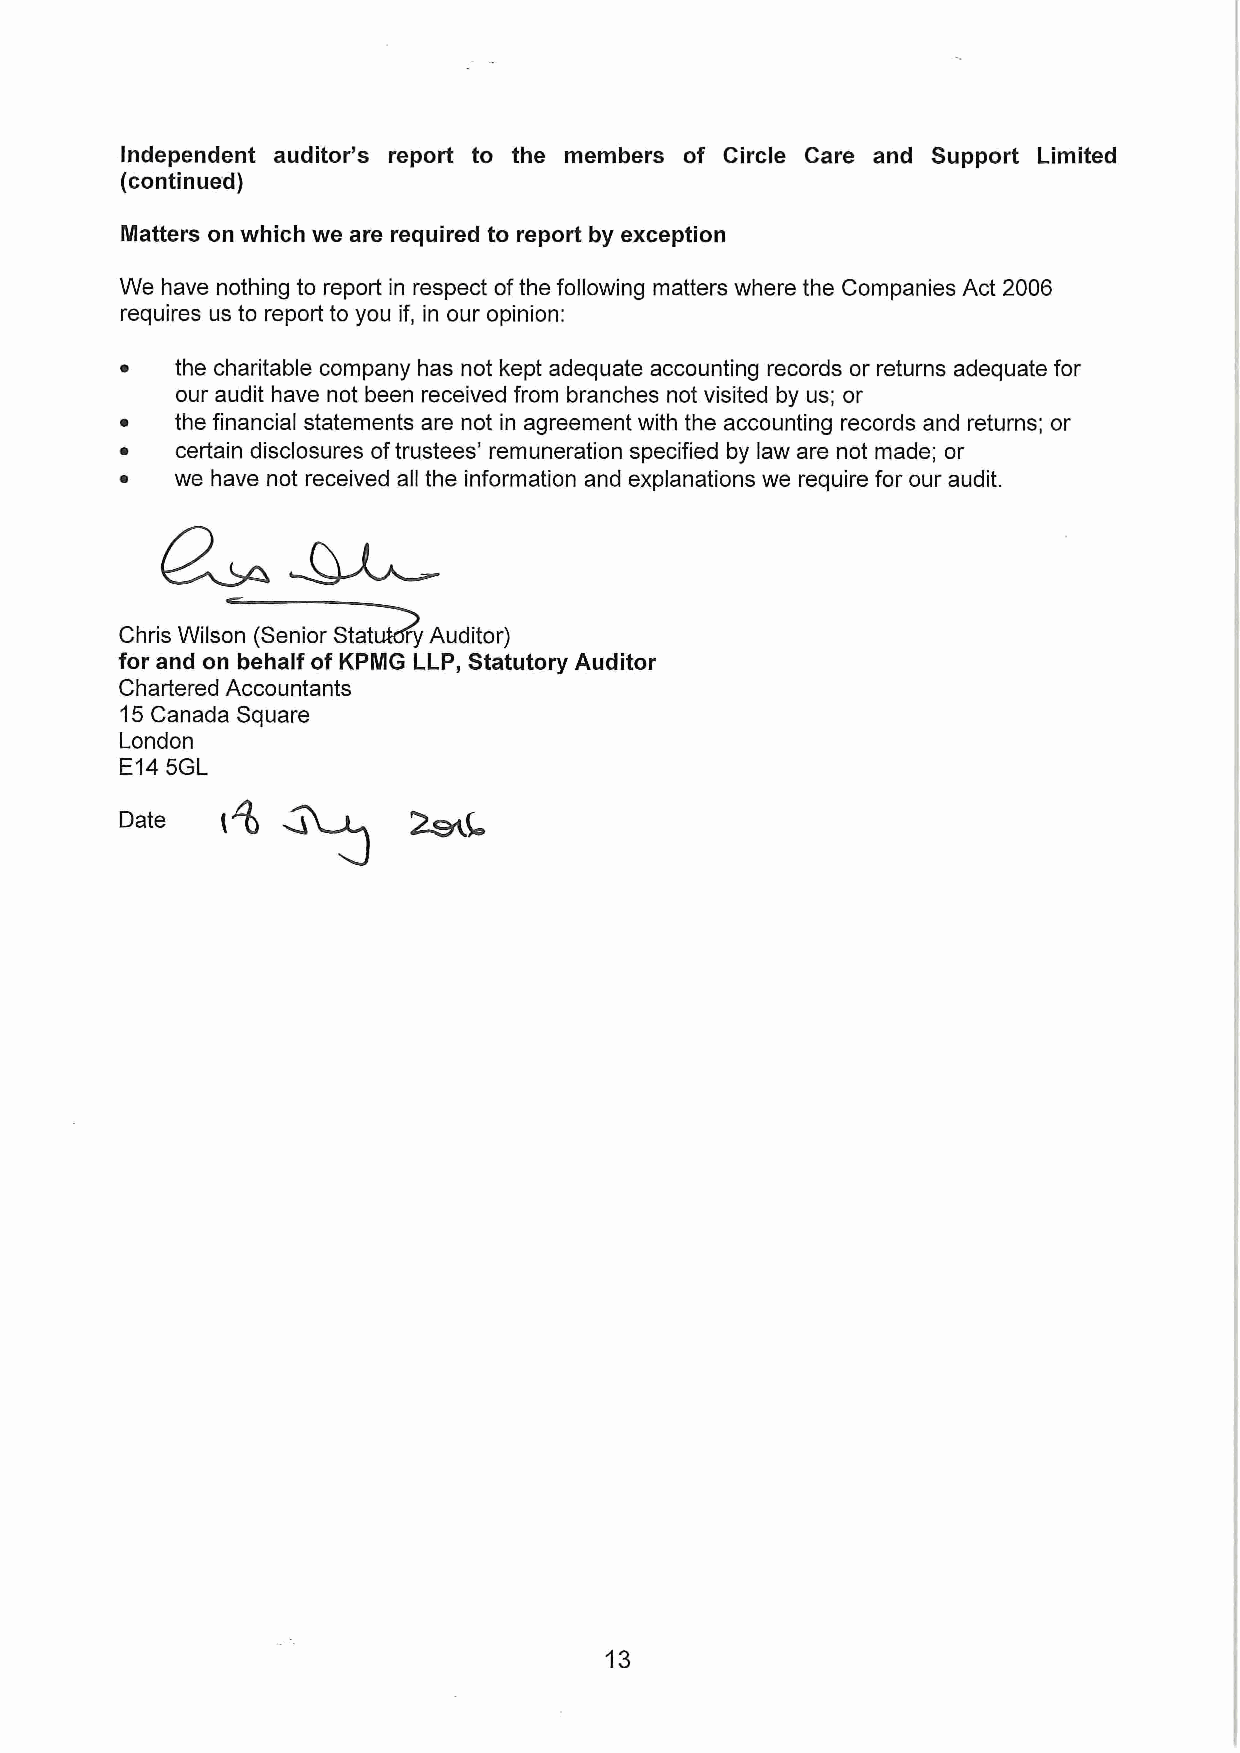
Independent auditor's report to the members of Circle Care and Support Limited
 (continued)
 Matters on which we are required to report by exception
 We have nothing to report in respect ofthe following matters where the Companies Act 2006
 requires us to report to you if, in our opinion:
 the charitable company has not kept adequate accounting records or returns adequate for
 our audit have not been received from branches not visited by us; or
 the financial statements are not in agreement with the accounting records and returns; or
 certain disclosures oftrustees' remuneration specified by law are not made; or
 we have not received all the information and explanations we require for our audit.
 Chris Wilson (Senior Stat ry Auditor)
 for and on behalf of KPMG LLP, Statutory Auditor
 Chartered Accountants
 15Canada Square
 London
 E145GL
 Date